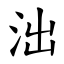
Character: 泏